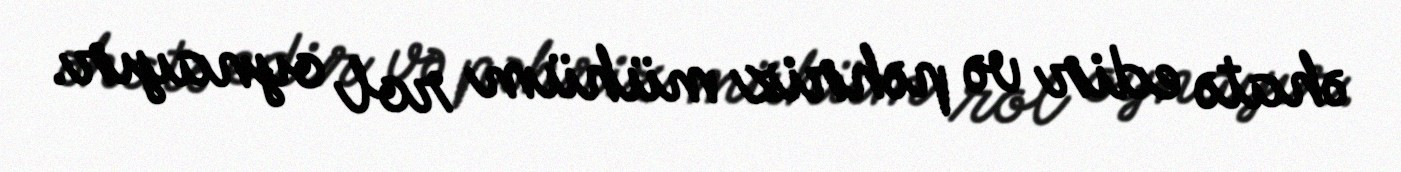
əhatə edir və pəhriz mühüm rol oynayır.